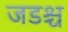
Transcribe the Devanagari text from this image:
जडश्च